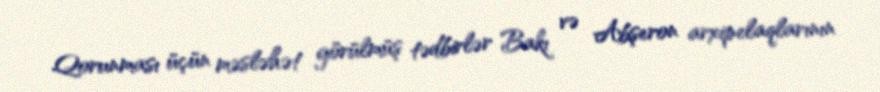
Qorunması üçün məsləhət görülmüş tədbirlər Bakı və Abşeron arxipelaqlarının